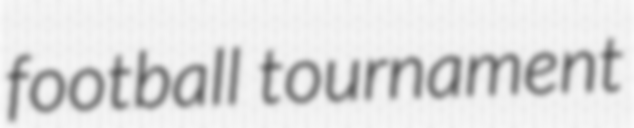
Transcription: football tournament